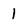
Character: l